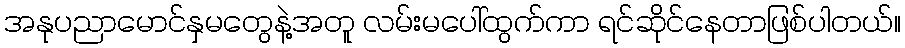
အနုပညာမောင်နှမတွေနဲ့အတူ လမ်းမပေါ်ထွက်ကာ ရင်ဆိုင်နေတာဖြစ်ပါတယ်။